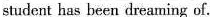
student has been dreaming of.